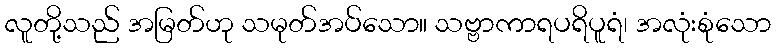
လူတို့သည် အမြတ်ဟု သမုတ်အပ်သော။ သဗ္ဗာကာရပရိပူရံ၊ အလုံးစုံသော